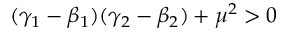
( \gamma _ { 1 } - \beta _ { 1 } ) ( \gamma _ { 2 } - \beta _ { 2 } ) + \mu ^ { 2 } > 0